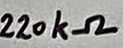
Text: 220kΩ